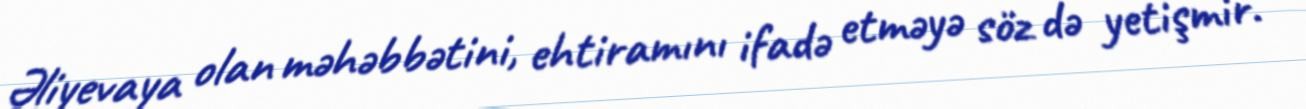
Əliyevaya olan məhəbbətini, ehtiramını ifadə etməyə söz də yetişmir.